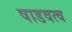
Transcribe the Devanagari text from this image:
षाडवत्व